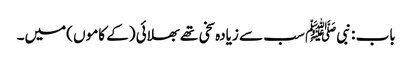
باب : نبیﷺ سب سے زیادہ سخی تھے بھلائی (کے کاموں )میں۔